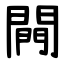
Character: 闁